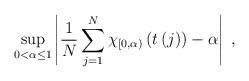
LaTeX: \begin{align*}\sup_{0<\alpha\leq1}\left\vert \frac{1}{N}\sum_{j=1}^{N}\chi_{\left[0,\alpha\right) }\left( t\left( j\right) \right) -\alpha\right\vert \;,\end{align*}